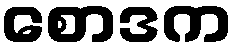
စောဒက